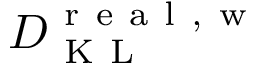
D _ { \mathrm { ~ K ~ L ~ } } ^ { \mathrm { ~ r ~ e ~ a ~ l ~ , ~ w ~ } }